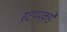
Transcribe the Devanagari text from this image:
स्टम्पकडे